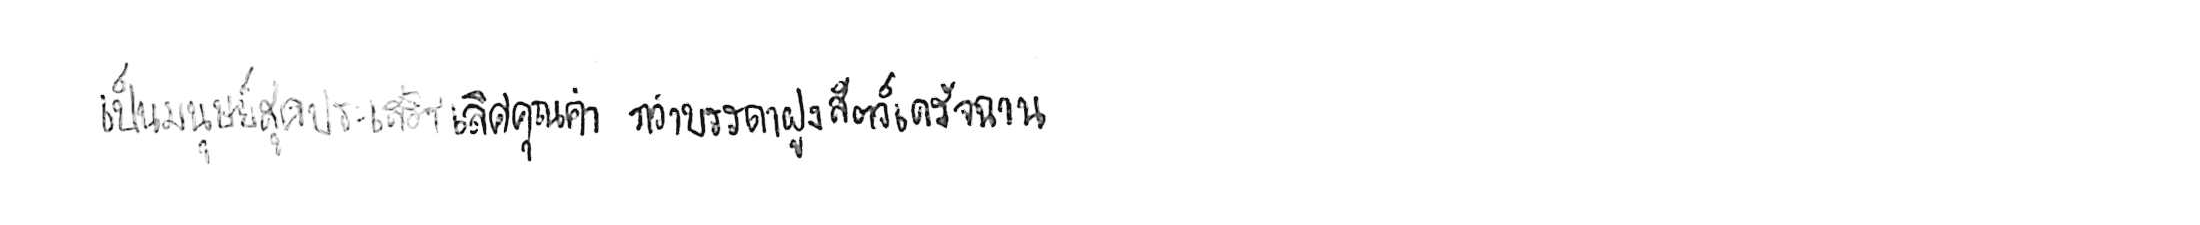
เป็นมนุษย์สุดประเสริฐเลิศคุณค่า กว่าบรรดาฝูงสัตว์เดรัจฉาน